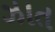
ઝાત